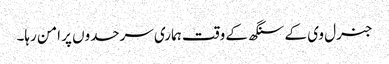
جنرل وی کے سنگھ کے وقت ہماری سرحدوں پر امن رہا۔